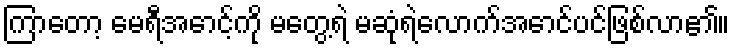
ကြာတော့ မေရီအောင့်ကို မတွေ့ရဲ မဆုံရဲလောက်အောင်ပင်ဖြစ်လာ၏။